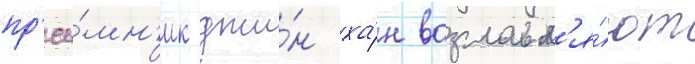
пр'ее́мн'ик джи́н ха́н возглавл'я́ют